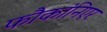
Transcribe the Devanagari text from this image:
फौकांनिएर